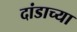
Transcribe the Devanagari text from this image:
दांडाच्या